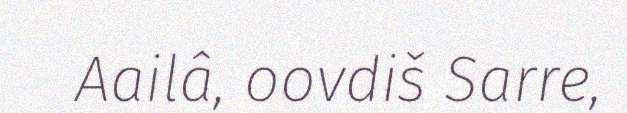
Aailâ, oovdiš Sarre,